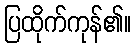
ပြထိုက်ကုန်၏။